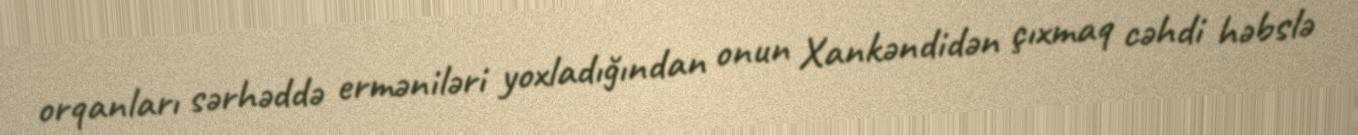
orqanları sərhəddə erməniləri yoxladığından onun Xankəndidən çıxmaq cəhdi həbslə